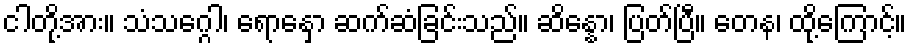
ငါတို့အား။ သံသဂ္ဂေါ၊ ရောနှော ဆက်ဆံခြင်းသည်။ ဆိန္နော၊ ပြတ်ပြီ။ တေန၊ ထို့ကြောင့်။